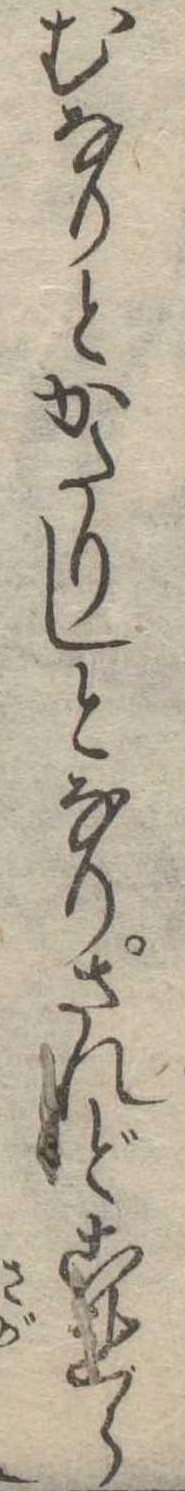
むなりとかたりしとなりされどこれら